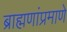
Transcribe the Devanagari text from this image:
ब्राह्मणांप्रमाणे